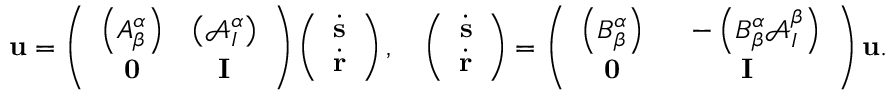
\mathbf { u } = \left( \begin{array} { c c } { \left( A _ { \beta } ^ { \alpha } \right) } & { \left( \mathcal { A } _ { I } ^ { \alpha } \right) } \\ { \mathbf { 0 } } & { \mathbf { I } } \end{array} \right) \left( \begin{array} { c } { \dot { \mathbf { s } } } \\ { \dot { \mathbf { r } } } \end{array} \right) , \ \ \ \left( \begin{array} { c } { \dot { \mathbf { s } } } \\ { \dot { \mathbf { r } } } \end{array} \right) = \left( \begin{array} { c c } { \left( B _ { \beta } ^ { \alpha } \right) } & { \ \ - \left( B _ { \beta } ^ { \alpha } \mathcal { A } _ { I } ^ { \beta } \right) } \\ { \mathbf { 0 } } & { \mathbf { I } } \end{array} \right) \mathbf { u } .